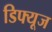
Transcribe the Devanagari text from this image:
डिफ्यूज